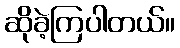
ဆိုခဲ့ကြပါတယ်။